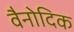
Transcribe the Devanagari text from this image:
वैनोदिक